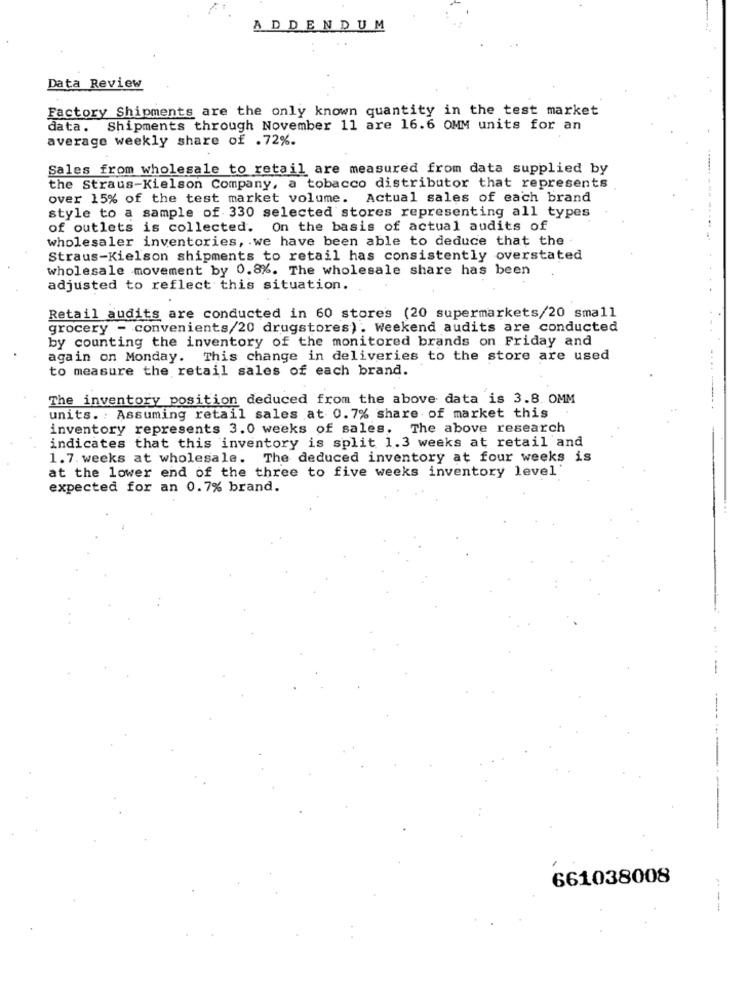
ADDENDUM
Data Review
Factory Shipments are the only known quantity in the test market
data. Shipments through November 11 are 16.6 OMM units for an
average weekly share of .72%.
Sales from wholesale to retail are measured from data supplied by
the Straus-Kielson Company, a tobacco distributor that represents
over 15% of the test market volume. Actual sales of each brand
style to a sample of 330 selected stores representing all types
of outlets is collected. On the basis of actual audits of
wholesaler inventories, we have been able to deduce that the
Straus-Kielson shipments to retail has consistently overstated
wholesale movement by 0.8%. The wholesale share has been
adjusted to reflect this situation.
Retail audits are conducted in 60 stores (20 supermarkets/20 small
grocery - convenients/20 drugstores). Weekend audits are conducted
by counting the inventory of the monitored brands on Friday and
again on Monday. This change in deliveries to the store are used
to measure the retail sales of each brand.
The inventory position deduced from the above data is 3.8. OMM
units. : Assuming retail sales at 0.7% share of market this
inventory represents 3.0 weeks of sales. The above research
indicates that this inventory is split 1.3 weeks at retail and
1.7. weeks at wholesale.
The deduced inventory at four weeks is
at the lower end of the three to five weeks inventory level
expected for an 0.7% brand.
661038008
---